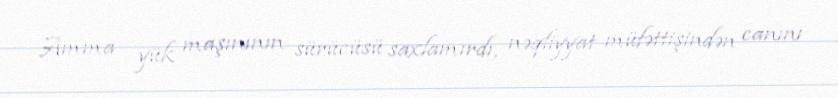
Amma yük maşınının sürücüsü saxlamırdı, nəqliyyat müfəttişindən canını